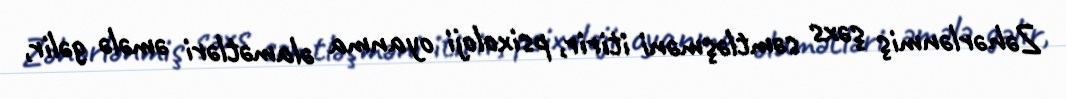
Zəhərlənmiş şəxs səmtləşməni itirir, psixoloji oyanma əlamətləri əmələ gəlir,